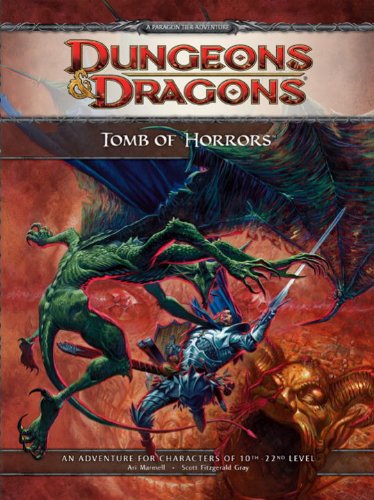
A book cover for Tomb of Horrors: A 4th Edition D&D Super Adventure; Ari Marmell; Science Fiction & Fantasy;